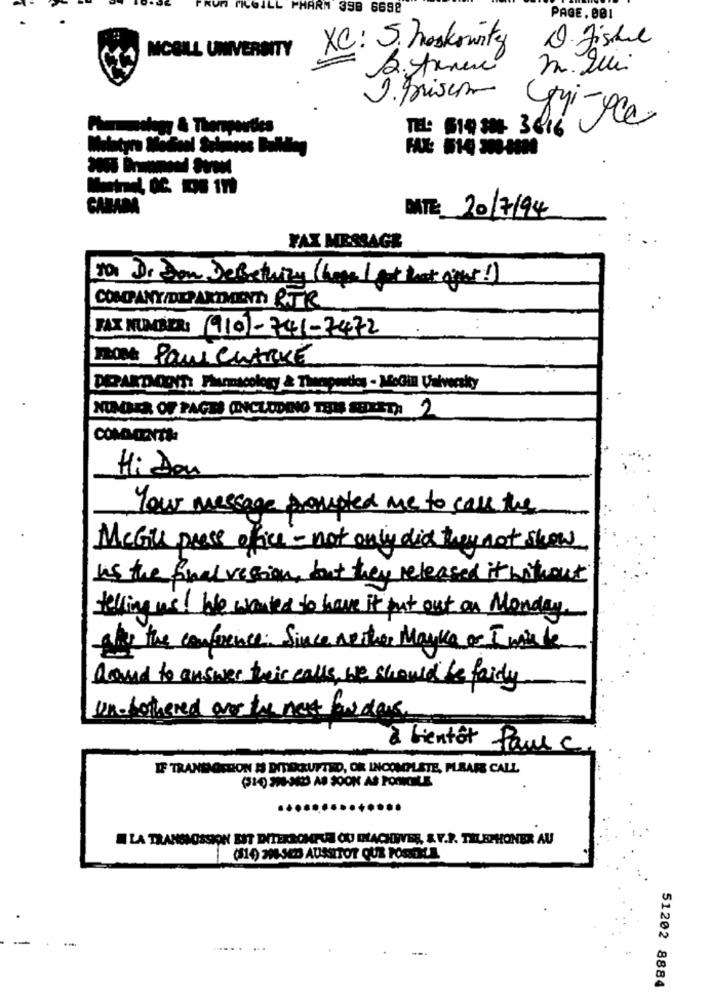
Un
ARM
98 6698
PAGE. 001
Q. Fishel
MCGILL UNIVERSITY
XC: S. hoskowity
m. Lui
J.prisen
Gui-peer
Phenolegy & Thenparties
TEL: 514 30 3616
MATE 20/7/94
FAX MESSAGE
80. Dr Som DeBething ( hope I got that oget !)
COMPANY DEPARTMENT RTR
FAX NUMBER: (910)- 741-7472
SOME POINT CLARKE
NUMBER OF PAGES (INCLUDING THIS SEXET) 2
Hi Don
Your message prompted me to call the
McGill press ofice - not only did they not show
Is the final version, but they released it without
telling us! We wanted to have it put out on Monday.
she the conference: Since nother Mayka or I wishe
Round to answer their calls, we should be fairly
In-bothered over the next for das
à bientôt Paul c.
IF TRANDOITION AS DITERUPTED, OR INCOMPLETE, PLEASE CALL
(31-0) 296 363 AD BOOK AS PONMILE
LA TRANSNOSSION EST DITERROMPUE OU D'ACHEVER, & V.P. TELEPHONER AU
(514) 208-SED AUSSITOT QUE POSSOKA
51202 8884